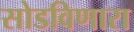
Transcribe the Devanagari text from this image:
सोडविणारा